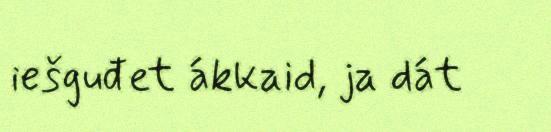
iešguđet ákkaid, ja dát